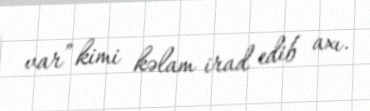
var” kimi kəlam irad edib axı.